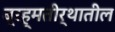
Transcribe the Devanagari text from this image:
ब्रह्मतीर्थातील